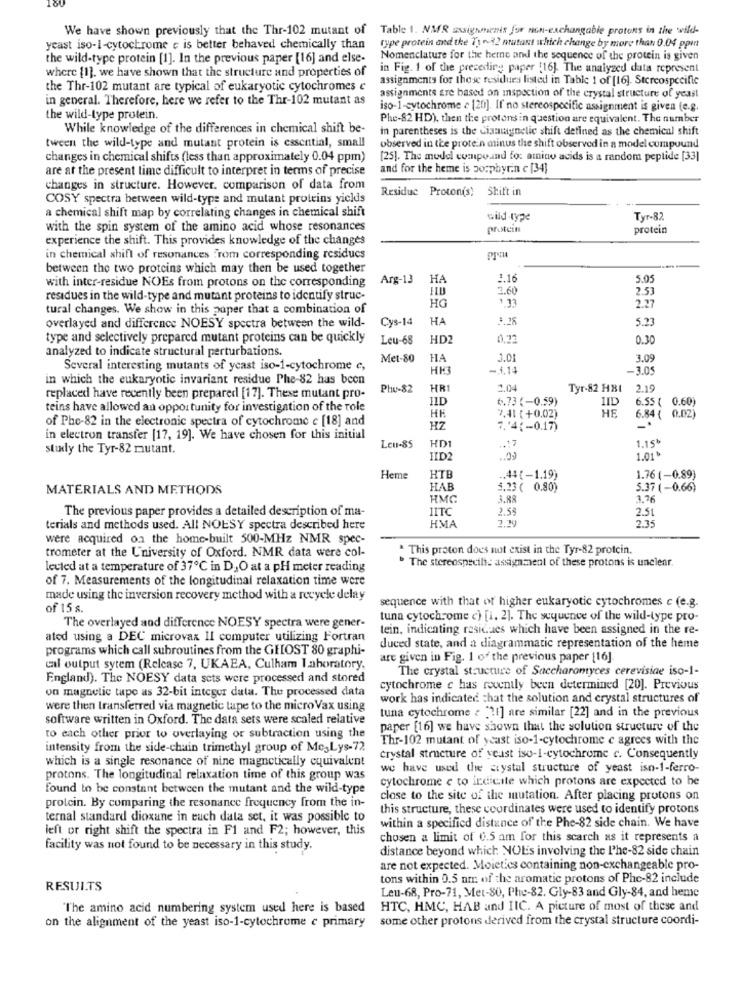
We have shown previously that the Thr-102 mutant of Table 1. NMR assignments for non-exchangable protons in the wild-
yeast iso-1-cytochrome e is better behaved chemically than
type protein and the Tn32 mutant which change by more than 0.04 ppint
the wild-type protein [1]. In the previous paper [16] and else-
Nomenclature for the herne and the sequence of the protein is given
where [1]. we have shown that the structure and properties of
in Fig. 1 of the preceding paper [16]. The analyzed data represent
assignments for these residues listed in Table 1 of [16]. Stereospecific
the Thr-102 mutant are typical of eukaryotic cytochromes c
in general. Therefore, here we refer to the Thr-102 mutant as
assignments are based on mspection of the crystal structure of yeast
iso-1-cytochrome ~ [20]. If no stereospecific assignment is given (e.g.
the wild-type protein.
Phe-82 HD), then the protons in question are equivalent. The number
While knowledge of the differences in chemical shift be-
in parentheses is the Ciamugnelic shift defined as the chemical shift
tween the wild-type and mutant protein is essential, small
observed in the protein minus the shift observed in a model compound
changes in chemical shifts (less than approximately 0.04 ppm)
[25]. The model compoand fo: amino acids is a random peptide [33]
are at the present time difficult to interpret in terms of precise
and for the heme is porphyrin c [34]
changes in structure. However. comparison of data from
Residue Proton(s) Shift in
COSY spectra between wild-type and mutant proteins yields
a chemical shift map by correlating changes in chemical shift
wild-type
Tyr-82
with the spin system of the amino acid whose resonances
protein
protein
experience the shift. This provides knowledge of the changes
in chemical shift of resonances From corresponding residucs
between the two proteins which may then be used together
with inter-residue NOEs from protons on the corresponding
Arg-13
HA
2.16
5.05
3.60
2.53
residues in the wild-type and mutant proteins to identify struc-
1.33
2.7
tural changes. We show in this paper that a combination of
HG
Cys-14
HA
3.18
5.21
overlayed and difference NOESY spectra between the wild-
type and selectively prepared mutant proteins can be quickly
Leu-68
HD2
0,7
0.30
analyzed to indicate structural perturbations.
Met-80
HA
3.01
3.09
Several interesting mutants of ycast iso-1-cytochrome c,
HH3
-1,14
-3.05
in which the eukaryotic invariant residue Phe-82 has been
Phu-82
HR1
2.04
Tyr-82 HBL
2.19
replaced have recently been prepared [17]. These mutant pro-
11D
1.73 (-0.59)
6.55 ( 0.60)
teins have allowed an opportunity for investigation of the role
1ID
HE
of Phe-82 in the electronic spectra of cytochrome c [18] and
HH
7.41 ( +0.02)
6.84 ( 0.02)
HZ
7.'4(-0.17)
in electron transfer [17, 19]. We have chosen for this initial
1.15*
study the Tyr-82 mutant.
Leu-85
HD1
.. 17
IID2
1.01
Heme
HT
44 (-1.19)
1.76 (-0.89)
MATERIALS AND METHODS
HAB
5.23 ( 0.80)
5.37 (-0.66)
HMC
3.88
3.76
The previous paper provides a detailed description of ma-
IITC
2.58
2.51
HMA
2.29
2.35
terials and methods used. All NOESY spectra described here
were acquired on the home-built 500-MHz NMR spec-
trometer at the University of Oxford. NMR data were col-
. This proton does not exist in the Tyr-82 protein.
The stereospecili: assignment of these protons is unclear.
levied at a temperature of 37℃ in D,O at a pH meter reading
of 7. Measurements of the longitudinal relaxation time were
made using the inversion recovery method with a recycle delay
sequence with that of higher eukaryotic cytochromes c (e.g.
of 15 s.
tuna cytochrome c) [i. 2]. The sequence of the wild-type pro-
The overlayed and difference NOESY spectra were gener-
tein, indicating residaes which have been assigned in the re-
ated using a DEC microvax Il computer utilizing Fortran
programs which call subroutines from the GHOST 80 graphi-
duced state, and a diagrammatic representation of the heme
are given in Fig. 1 of the previous paper [16]
cal output sytem (Release 7, UKAEA, Culham Laboratory,
The crystal structure of Saccharomyces cerevisiae iso-1-
England). The NOESY data sets were processed and stored
on magnetic tape as 32-bit integer data. The processed data
cytochrome c has recently been determined [20]. Previous
work has indicated that the solution and crystal structures of
were then transferred via magnetic tape to the micro Vax using
software written in Oxford. The data sets were scaled relative
tuna cytochrome + ""1] are similar [22] and in the previous
paper [16] we have shown that the solution structure of the
to each other prior to overlaying or subtraction using the
Thr-102 mutant of yeast iso-1-cytochrome e agrees with the
intensity from the side-chain trimethyl group of Me,Lys-72
which is a single resonance of nine magnetically equivalent
crystal structure of yeast iso-1-cytochrome c. Consequently
we have used the crystal structure of yeast isn-1-ferro-
protons. The longitudinal relaxation time of this group was
cytochrome e to indicate which protons are expected to be
found to be constant between the mutant and the wild-type
protein. By comparing the resonance frequency from the in-
close to the site of the mutation. After placing protons on
this structure, these coordinates were used to identify protons
ternal standard dioxane in euch data set, it was possible to
within a specified distance of the Phe-82 side chain. We have
left or right shift the spectra in F1 and F2; however, this
chosen a limit of 0.5 am for this scarch as it represents a
facility was not found to be necessary in this study.
distance beyond which NOLs involving the l'he-82 side chain
are not expected. Moietics containing non-exchangeable pro-
tons within 0.5 nm of the aromatic protons of Phe-82 include
RESULTS
Leu-68, Pro-71, Met-80, Phe-82. Gly-83 and Gly-84, and heme
"The amino acid numbering system used here is based
HTC, HMC, HAB and IIC. A picture of most of these and
on the alignment of the yeast iso-1-cytochrome e primary
some other protons derived from the crystal structure coordi-